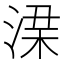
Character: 𱧂